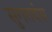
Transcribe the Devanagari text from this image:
सुगतवंस